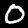
Label: 0